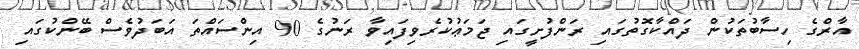
އާރްގެ ހިސާބުތަކުން ދައްކާގޮތުގައި ރަންފުށީގައި ޖަމަޢުކުރެވިފައިވާ ރަނުގެ 90 އިންސައްތަ އަބަދުވެސް ބޭންކުގައި